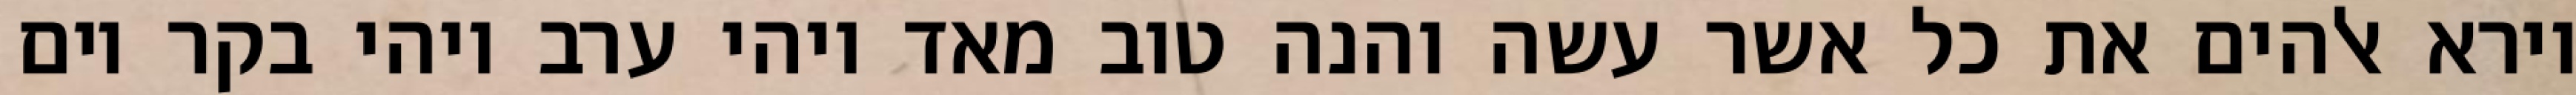
וירא אלהים את כל אשר עשה והנה טוב מאד ויהי ערב ויהי בקר יום